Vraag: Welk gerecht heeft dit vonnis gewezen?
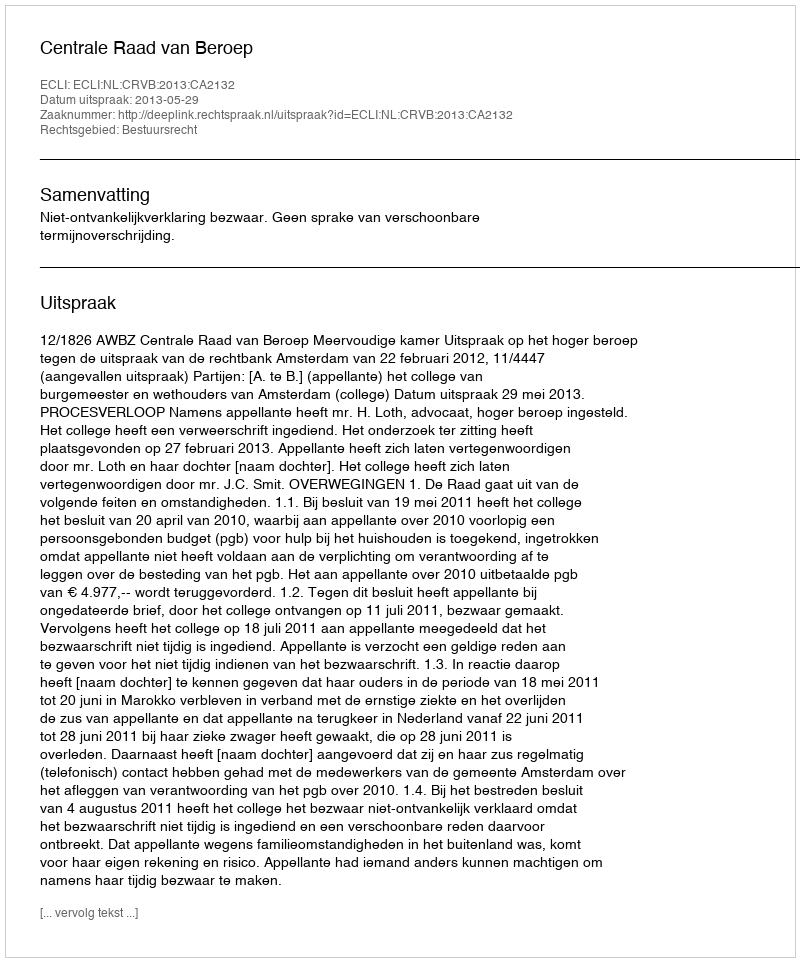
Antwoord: Centrale Raad van Beroep